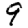
Digit: 9